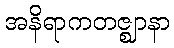
အနိရာကတဇ္ဈာနာ